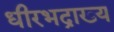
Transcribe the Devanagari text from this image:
धीरभद्राख्य